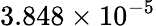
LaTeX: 3.848\times 10^{-5}